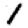
Digit: 1